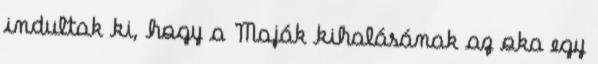
indultak ki, hogy a Maják kihalásának az oka egy